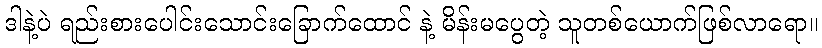
ဒါနဲ့ပဲ ရည်းစားပေါင်းသောင်းခြောက်ထောင် နဲ့ မိန်းမပွေတဲ့ သူတစ်ယောက်ဖြစ်လာရော။